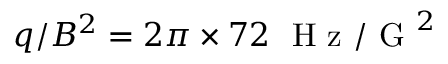
q / B ^ { 2 } = 2 \pi \times 7 2 ~ \mathrm { ~ H ~ z ~ } / \mathrm { ~ G ~ } ^ { 2 }